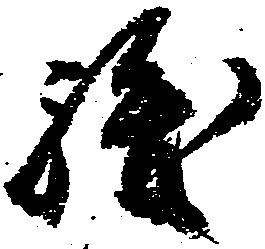
駿